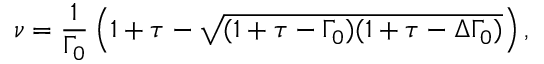
\nu = \frac { 1 } { \Gamma _ { 0 } } \left( 1 + \tau - \sqrt { ( 1 + \tau - \Gamma _ { 0 } ) ( 1 + \tau - \Delta \Gamma _ { 0 } ) } \right) ,